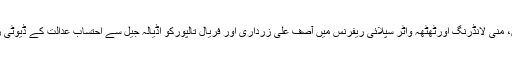
جوڈیشل ریمانڈ مکمل ہونے پر پارک لین، منی لانڈرنگ اورٹھٹھہ واٹر سپلائی ریفرنس میں آصف علی زرداری اور فریال تالپورکو اڈیالہ جیل سے احتساب عدالت کے ڈیوٹی راجہ جواد عباس کے روبرو پیش کیا گیا۔